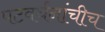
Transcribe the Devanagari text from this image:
पटवर्धनांचीच